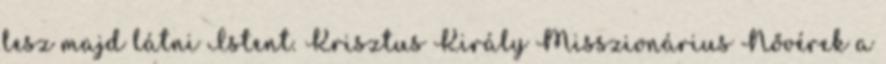
lesz majd látni Istent. Krisztus Király Misszionárius Nővérek a